Medical and sanitary report of the native army of Bengal for the year
Year: 1874
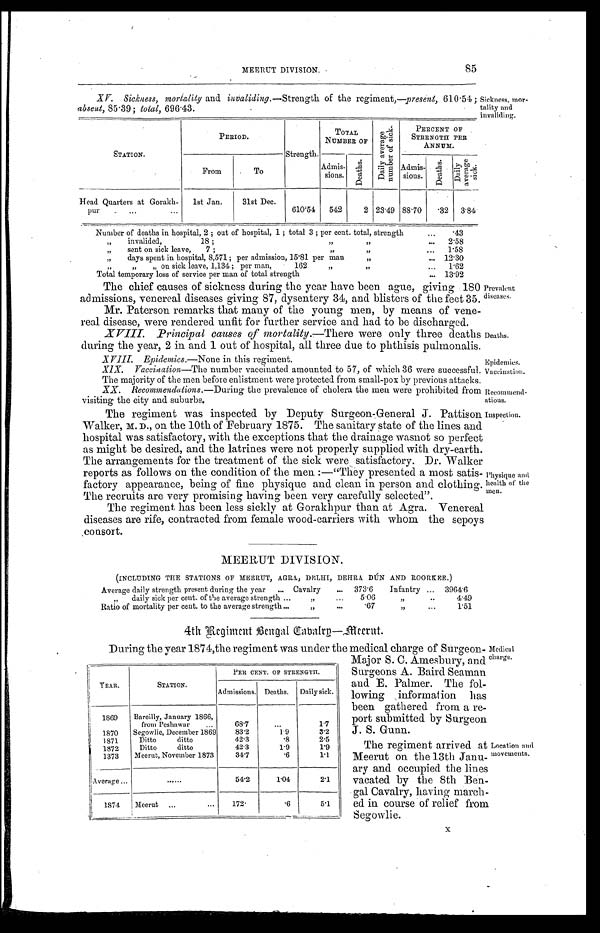
Deaths.
Epidemics.
Vaccination.
85
MEERUT DIVISION.
XV. Sickness, mortality and invaliding.— Strength of the regiment,—present, 610.54;
absent, 85.39; total, 696.43.
Sickness, mor
-tality and
invaliding.
STATION.
PERIOD.
Strength.
TOTAL
NUMBER OF
D a i l y a v e r a g e n u m b e r o f s i c k .
PERCENT OF
STRENGTH PER
ANNUM.
From
To
Admis-
s i o n s
D e a t h s .
Admis-sions.
D e a t h s .
D a i l y a v e r a g e s i c k .
Head Quarters at Gorakh-
pur . . .
1st Jan.
31st Dec.
610.54
542
2 23.49 88.70
. 3 2 3.84
Number of deaths in hospital, 2; out of hospital, 1; total 3; per cent total, strength . . .
.43
"
invalided,18; " " . . .
.
2.58
" sent on sick leave, 7; " " . . .
1.58
" days spent in hospital, 8,571; per admission, 15.81 per man " " . . .
12.30
" " " on sick leave, 1,134; per man, 162 " " . . .
1.62
Total temporary loss of service per man of total strength . . .
13.92
The chief causes of sickness during the year have been ague, giving 180
admissions, venereal diseases giving 87, dysentery 34, and blisters of the feet 35.
Mr. Paterson remarks that many of the young men, by means of vene
-real disease, were rendered unfit for further service and had to be discharged.
XVIII. Principal causes of mortality.— There were only three deaths
during the year, 2 in and 1 out of hospital, all three due to phthisis puhnonalis.
XVIII. Epidemics.—None in this regiment.
XIX. Vaccination—The number vaccinated amounted to 57, of which 36 were successful.
The majority of the men before enlistment were protected from small-pox by previous attacks.
Prevalent
diseases.
XX. Recommendations.—During the prevalence of cholera the men were prohibited from
visiting the city and suburbs.
The regiment was inspected by Deputy Surgeon-General J. Pattison
Walker, M. D., on the 10th of February 1875. The sanitary state of the lines and
hospital was satisfactory, with the exceptions that the drainage wasnot so perfect
as might be desired, and the latrines were not properly supplied with dry-earth.
The arrangements for the treatment of the sick were satisfactory. Dr. Walker
reports as follows on the condition of the men:—"They presented a most satis
-factory appearance, being of fine physique and clean in person and clothing.
The recruits are very promising having been very carefully selected".
Recommend
-ations.
Inspection.
Physique and
health of the
men.
The regiment has been less sickly at Gorakhpur than at Agra. Venereal
diseases are rife, contracted from female wood-carriers with whom the sepoys
consort.
MEERUT DIVISION.
(INCLUDING THE STATIONS OF MEERUT, AGRA, DELHI, DEHRA DÚN AND ROORKEE.)
Average daily strength present during the year . . .
Cavalry . . .
373.6
Infantry . . .
3964.6
" daily sick per cent of the average strength . . .
" . . .
5.06
" . . .
4.49
Ratio of mortality per cent to the average strength . . .
" . . .
.67
" . . .
1.51
4th Regiment Bengal Cavalry—Meerut.
During the year 1874,the regiment was under the medical charge of Surgeon
-
Major S. C. Amesbury, and
Surgeons A. Baird Seaman
and E. Palmer. The fol
-lowing information has
been gathered from a re
-port submitted by Surgeon
J. S. Gunn.
The regiment arrived at
Meerut on the 13th Janu
- a r y a n d o c c u p i e d t h e l i n e s
vacated by the 8th Ben
-gal Cavalry, having march
- e d i n c o u r s e o f r e l i e f f r o m
Segowlie.
PER CENT. OF STRENGTH..
YEAR.
STATION.
Admissions. Deaths.
Daily sick.
1869
Bareilly, January 1866,
from Peshawar . . .
68.7
. . .
1.7
1870
Segowlie, December 1869
83.2
1.9
3.2
1871
Ditto ditto
42.3
.8
2.5
1872
Ditto ditto
42.3
1.9
1.9
1873
Meerut, November 1873
34.7
.6
1.1
Average . . .
. . .
54.2
1.04
2.1
1874
Meerut. . .
172.
.6
5.1
Medical
charge.
Location and
movements.